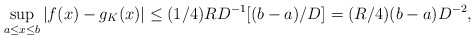
\begin{align*}\sup_{a\le x\le b}|f(x)-g_K(x)|\le(1/4)RD^{-1}[(b-a)/D]=(R/4)(b-a)D^{-2},\end{align*}